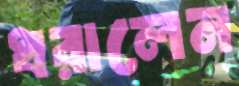
ধরালেন